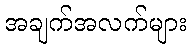
အချက်အလက်များ